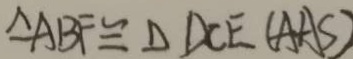
\Delta A B F \cong \Delta D C E ( A A S )